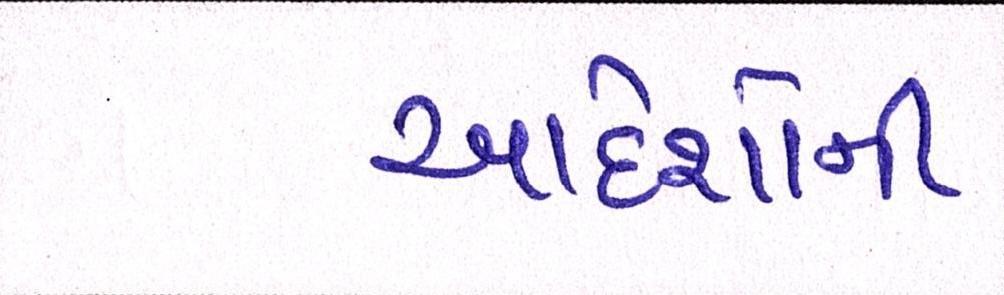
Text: આદેશોની